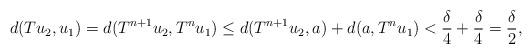
LaTeX: \begin{align*} d(Tu_2,u_1)=d(T^{n+1}u_2,T^n u_1)\leq d(T^{n+1}u_2, a)+d(a,T^n u_1)<\frac{\delta}{4}+\frac{\delta}{4}=\frac{\delta}{2}, \end{align*}